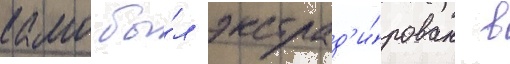
камо бы́л экстрад'и́рован в